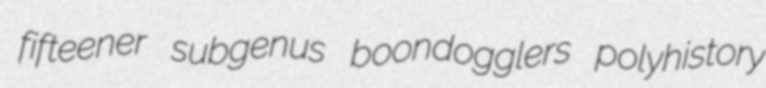
fifteener subgenus boondogglers polyhistory